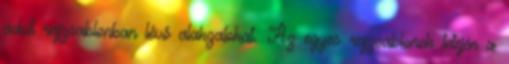
adott rajzsablonban lévő alakzatokat. Az egyes rajzsablonok tetején a